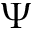
\Psi